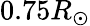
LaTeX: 0.75R_{\odot}